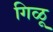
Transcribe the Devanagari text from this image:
गिळू